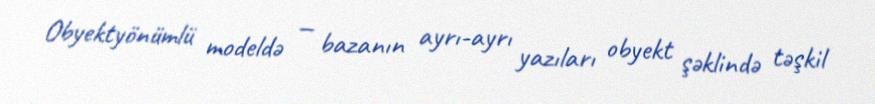
Obyektyönümlü modeldə — bazanın ayrı-ayrı yazıları obyekt şəklində təşkil